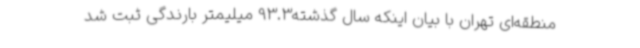
منطقه‌ای تهران با بیان اینکه سال گذشته93.3 میلیمتر بارندگی ثبت شد